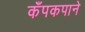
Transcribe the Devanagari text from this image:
कँपकपाने